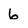
Character: 6